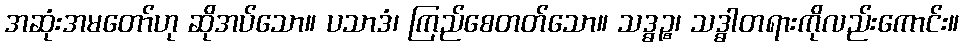
အဆုံးအမတော်ဟု ဆိုအပ်သော။ ပသာဒံ၊ ကြည်စေတတ်သော။ သဒ္ဓဉ္စ၊ သဒ္ဓါတရားကိုလည်းကောင်း။